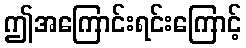
ဤအကြောင်းရင်းကြောင့်